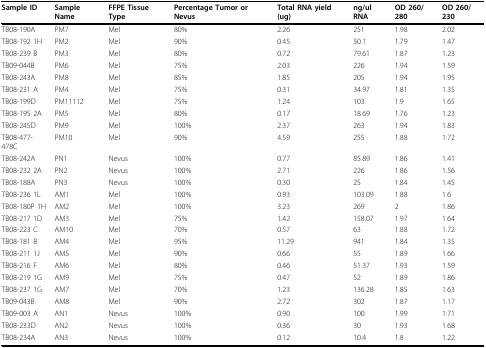
<table><thead><tr><td><b>Sample ID</b></td><td><b>Sample Name</b></td><td><b>FFPE Tissue Type</b></td><td><b>Percentage Tumor or Nevus</b></td><td><b>Total RNA yield (ug)</b></td><td><b>ng/ul RNA</b></td><td><b>OD 260/280</b></td><td><b>OD 260/230</b></td></tr></thead><tbody><tr><td>TB08-190A</td><td>PM7</td><td>Mel</td><td>80%</td><td>2.26</td><td>251</td><td>1.98</td><td>2.02</td></tr><tr><td>TB08-192 1H</td><td>PM2</td><td>Mel</td><td>90%</td><td>0.45</td><td>50.1</td><td>1.79</td><td>1.47</td></tr><tr><td>TB08-239 B</td><td>PM3</td><td>Mel</td><td>80%</td><td>0.72</td><td>79.61</td><td>1.87</td><td>1.23</td></tr><tr><td>TB09-044B</td><td>PM6</td><td>Mel</td><td>75%</td><td>2.03</td><td>226</td><td>1.94</td><td>1.59</td></tr><tr><td>TB08-243A</td><td>PM8</td><td>Mel</td><td>85%</td><td>1.85</td><td>205</td><td>1.94</td><td>1.95</td></tr><tr><td>TB08-231 A</td><td>PM4</td><td>Mel</td><td>75%</td><td>0.31</td><td>34.97</td><td>1.81</td><td>1.35</td></tr><tr><td>TB08-199D</td><td>PM11112</td><td>Mel</td><td>75%</td><td>1.24</td><td>103</td><td>1.9</td><td>1.65</td></tr><tr><td>TB08-195 2A</td><td>PM5</td><td>Mel</td><td>80%</td><td>0.17</td><td>18.69</td><td>1.76</td><td>1.23</td></tr><tr><td>TB08-245D</td><td>PM9</td><td>Mel</td><td>100%</td><td>2.37</td><td>263</td><td>1.94</td><td>1.83</td></tr><tr><td>TB08-477-478C</td><td>PM10</td><td>Mel</td><td>90%</td><td>4.59</td><td>255</td><td>1.88</td><td>1.72</td></tr><tr><td>TB08-242A</td><td>PN1</td><td>Nevus</td><td>100%</td><td>0.77</td><td>85.89</td><td>1.86</td><td>1.41</td></tr><tr><td>TB08-232 2A</td><td>PN2</td><td>Nevus</td><td>100%</td><td>2.71</td><td>226</td><td>1.86</td><td>1.56</td></tr><tr><td>TB08-188A</td><td>PN3</td><td>Nevus</td><td>100%</td><td>0.30</td><td>25</td><td>1.84</td><td>1.45</td></tr><tr><td>TB08-236 1L</td><td>AM1</td><td>Mel</td><td>100%</td><td>0.93</td><td>103.09</td><td>1.88</td><td>1.6</td></tr><tr><td>TB08-180P 1H</td><td>AM2</td><td>Mel</td><td>100%</td><td>3.23</td><td>269</td><td>2</td><td>1.86</td></tr><tr><td>TB08-217 1D</td><td>AM3</td><td>Mel</td><td>75%</td><td>1.42</td><td>158.07</td><td>1.97</td><td>1.64</td></tr><tr><td>TB08-223 C</td><td>AM10</td><td>Mel</td><td>70%</td><td>0.57</td><td>63</td><td>1.88</td><td>1.72</td></tr><tr><td>TB08-181 B</td><td>AM4</td><td>Mel</td><td>95%</td><td>11.29</td><td>941</td><td>1.84</td><td>1.35</td></tr><tr><td>TB08-211 1J</td><td>AM5</td><td>Mel</td><td>90%</td><td>0.66</td><td>55</td><td>1.89</td><td>1.66</td></tr><tr><td>TB08-216 F</td><td>AM6</td><td>Mel</td><td>80%</td><td>0.46</td><td>51.37</td><td>1.93</td><td>1.59</td></tr><tr><td>TB08-219 1G</td><td>AM9</td><td>Mel</td><td>75%</td><td>0.47</td><td>52</td><td>1.89</td><td>1.86</td></tr><tr><td>TB08-237 1G</td><td>AM7</td><td>Mel</td><td>70%</td><td>1.23</td><td>136.28</td><td>1.85</td><td>1.63</td></tr><tr><td>TB09-043B</td><td>AM8</td><td>Mel</td><td>90%</td><td>2.72</td><td>302</td><td>1.87</td><td>1.17</td></tr><tr><td>TB09-003 A</td><td>AN1</td><td>Nevus</td><td>100%</td><td>0.90</td><td>100</td><td>1.99</td><td>1.71</td></tr><tr><td>TB08-233D</td><td>AN2</td><td>Nevus</td><td>100%</td><td>0.36</td><td>30</td><td>1.93</td><td>1.68</td></tr><tr><td>TB08-234A</td><td>AN3</td><td>Nevus</td><td>100%</td><td>0.12</td><td>10.4</td><td>1.8</td><td>1.22</td></tr></tbody></table>